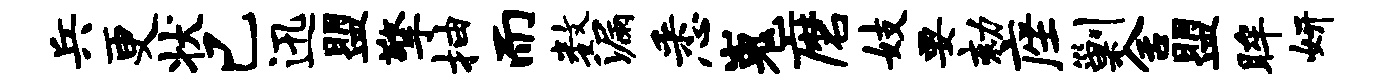
兵更状已迅盟擎抽而数漏悉嵬磨妓要劾座剿舍盟眸妍